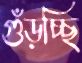
গুঁড়চ্ছি